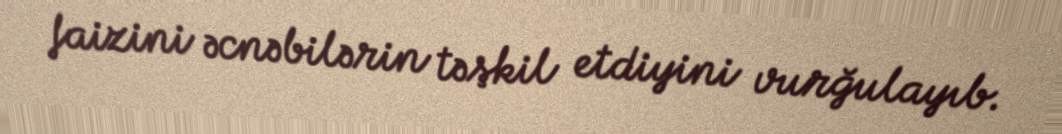
faizini əcnəbilərin təşkil etdiyini vurğulayıb.